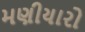
મણીયારો